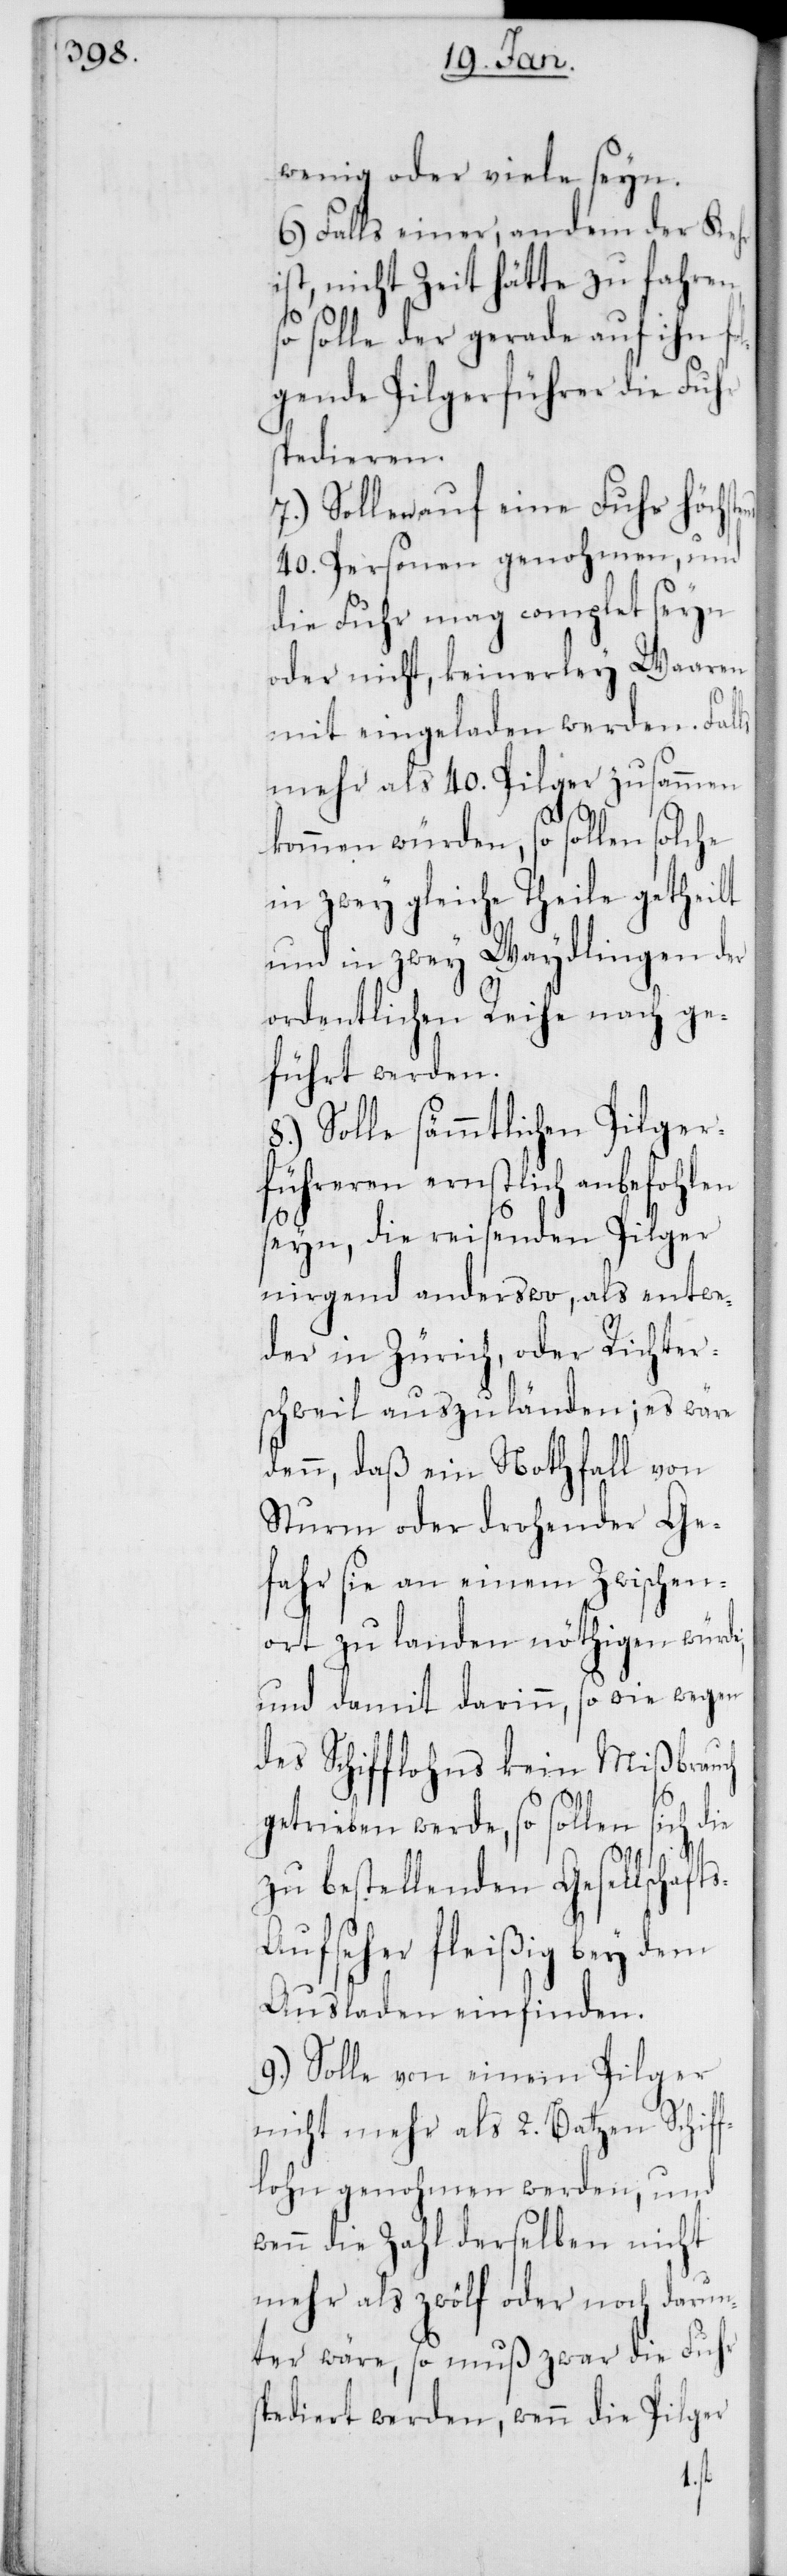
wenig oder viele seyn.
6.) Falls einer, an dem der Kehr
ist, nicht Zeit hätte zu fahren,
solle der gerade auf ihn fo¬
lgende Pilgerführer die Fuhr
spedieren.
7.) Sollen auf eine Fuhr höchs¬
40. Personen genohmen, und
die Fuhr mag complet seyn
oder nicht, keinerley Waaren
mit eingeladen werden. Falls
mehr als 40. Pilger zusammen
kommen würden, so sollen solche
in zwey gleiche Theile getheil¬
und in zwey Waydlingen der
ordentlichen Reihe nach ge¬
führt werden.
8.) Solle sämmtlichen Pilger¬
führeren ernstlich anbefohlen
seyn, die reisenden Pilger
nirgends anderswo, als entwe¬
der in Zürich, oder Richter¬
schweil auszuländen; es wäre
dann, daß ein Nothfall von
Sturm oder drohender Ge¬
fahr sie an einem Zwischen¬
ort zu landen nöthigen würde;
und damit darinn, so wie wegen
des Schifflohns, kein Mißbrauch
getrieben werde, so sollen sich die
zu bestellenden Gesellschaft¬
s-Aufseher fleißig bey dem
Ausladen einfinden.
9.) Solle von einem Pilger
nicht mehr als 2. Batzen Schif¬
flohn genohmen werden; und
wenn die Zahl derselben nicht
mehr als zwölf oder noch darun¬
ter wäre, so muß zwar die Fuhr
spediert werden, wenn die Pilger
t,